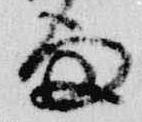
雨